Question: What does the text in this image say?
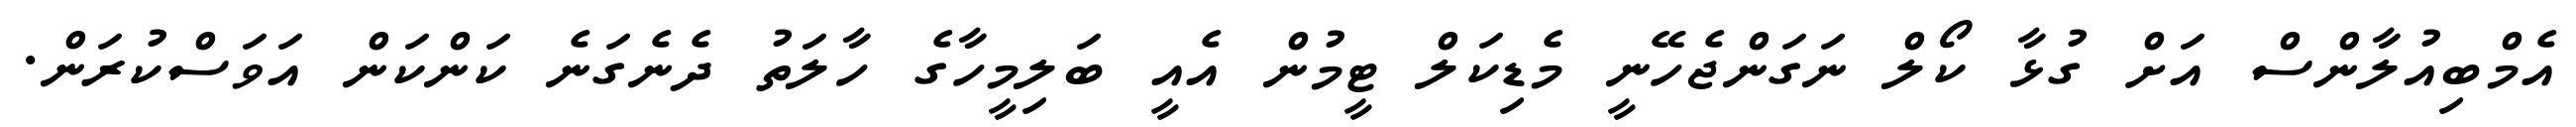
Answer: އެމްބިއުލާންސް އަށް ގުޅާ ކޯލް ނަގަންޖެހޭނީ މެޑިކަލް ޓީމުން އެއީ ބަލިމީހާގެ ހާލަތު ދެނެގަނެ ކަންކަން އަވަސްކުރަން.